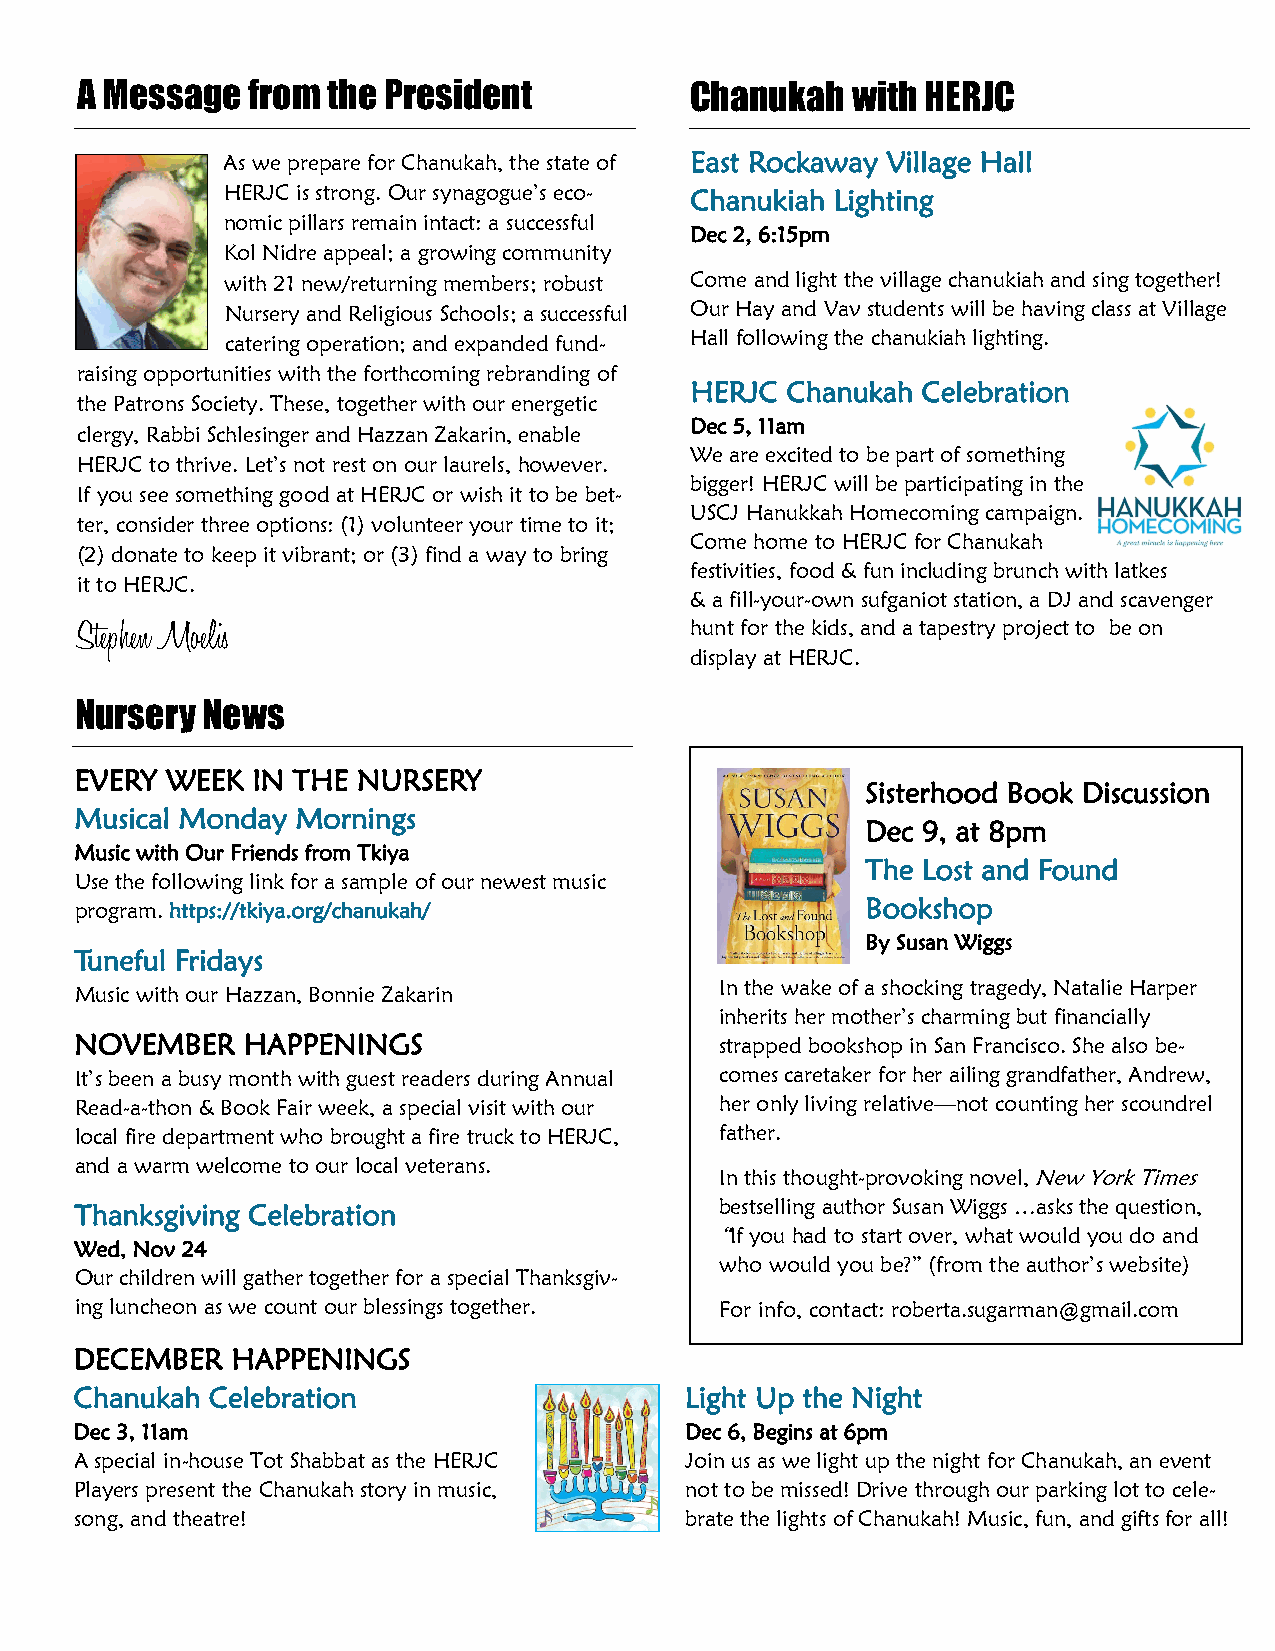
A Message  from  the President           Chanukah  with HERJC
 As we prepare for Chanukah, the state of East Rockaway Village Hall
 HERJC is strong. Our synagogue’s eco- Chanukiah Lighting
 nomic pillars remain intact: a successful
 Dec 2, 6:15pm
 Kol Nidre appeal; a growing community
 with 21 new/returning members; robust Come and light the village chanukiah and sing together!
 Nursery and Religious Schools; a successful Our Hay and Vav students will be having class at Village
 catering operation; and expanded fund- Hall following the chanukiah lighting.
 raising opportunities with the forthcoming rebranding of
 HERJC Chanukah Celebration
 the Patrons Society. These, together with our energetic
 Dec 5, 11am
 clergy, Rabbi Schlesinger and Hazzan Zakarin, enable
 We are excited to be part of something
 HERJC to thrive. Let’s not rest on our laurels, however.
 bigger! HERJC will be participating in the
 If you see something good at HERJC or wish it to be bet-
 USCJ Hanukkah Homecoming campaign.
 ter, consider three options: (1) volunteer your time to it;
 Come home to HERJC for Chanukah
 (2) donate to keep it vibrant; or (3) find a way to bring
 festivities, food & fun including brunch with latkes
 it to HERJC.
 & a fill-your-own sufganiot station, a DJ and scavenger
 Stephen Moelis                           hunt for the kids, and a tapestry project to be on
 display at HERJC.
 Nursery News
 EVERY WEEK  IN THE NURSERY
 Sisterhood Book Discussion
 Musical Monday Mornings
 Dec 9, at 8pm
 Music with Our Friends from Tkiya
 The Lost and Found
 Use the following link for a sample of our newest music
 program. https://tkiya.org/chanukah/                Bookshop
 By Susan Wiggs
 Tuneful Fridays
 In the wake of a shocking tragedy, Natalie Harper
 Music with our Hazzan, Bonnie Zakarin
 inherits her mother’s charming but financially
 NOVEMBER   HAPPENINGS                      strapped bookshop in San Francisco. She also be-
 It’s been a busy month with guest readers during Annual comes caretaker for her ailing grandfather, Andrew,
 Read-a-thon & Book Fair week, a special visit with our her only living relative—not counting her scoundrel
 local fire department who brought a fire truck to HERJC, father.
 and a warm welcome to our local veterans.
 In this thought-provoking novel, New York Times
 Thanksgiving Celebration                   bestselling author Susan Wiggs …asks the question,
 “If you had to start over, what would you do and
 Wed, Nov 24
 who would you be?” (from the author’s website)
 Our children will gather together for a special Thanksgiv-
 ing luncheon as we count our blessings together. For info, contact: roberta.sugarman@gmail.com
 DECEMBER  HAPPENINGS
 Chanukah Celebration                    Light Up the Night
 Dec 3, 11am                             Dec 6, Begins at 6pm
 A special in-house Tot Shabbat as the HERJC Join us as we light up the night for Chanukah, an event
 Players present the Chanukah story in music, not to be missed! Drive through our parking lot to cele-
 song, and theatre!                      brate the lights of Chanukah! Music, fun, and gifts for all!